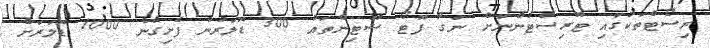
ރިސޯޓްތަކުގައި ޓޫރިސްޓުންނަށް ނަގާ ފޮޓޯ ޝޫޓިންތައް 300 ޑޮލަރުން ފެށިގެން 1000 ޑޮލަރަށް